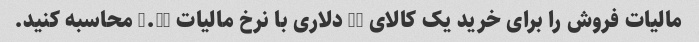
مالیات فروش را برای خرید یک کالای 25 دلاری با نرخ مالیات 0.08 محاسبه کنید.